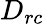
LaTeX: D_{rc}